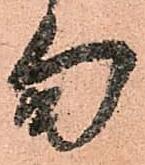
旬